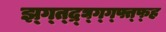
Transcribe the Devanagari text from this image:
झ्ग्त्द्र्घ्ग्ग्फ्त्फ्ह